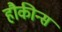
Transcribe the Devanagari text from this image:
हौकीन्स